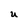
Character: U